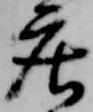
庄